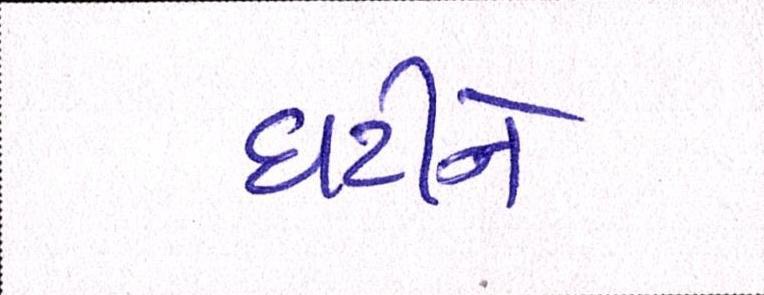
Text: ઘટીને